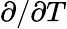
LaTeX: \partial/\partial T